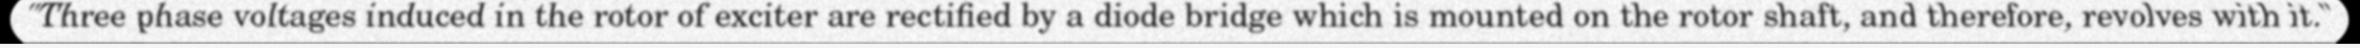
"Three phase voltages induced in the rotor of exciter are rectified by a diode bridge which is mounted on the rotor shaft, and therefore, revolves with it."